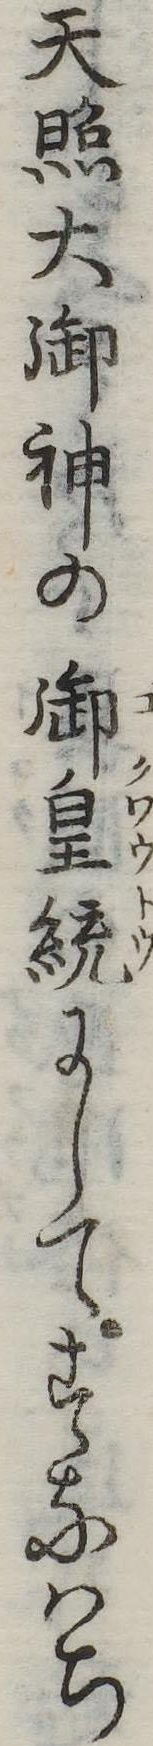
天照大御神の御皇統にしてすなはち